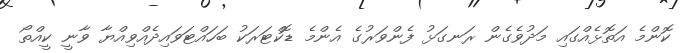
ކޮންމެ އަތޮޅެއްގައި މަދުވެގެން ރަނގަޅު ފެންވަރުގެ އެންމެ ޑޮކްޓަރަކު ބަހައްޓަވައިދެއްވިއްޔާ ވާނީ ކީއްތޯ